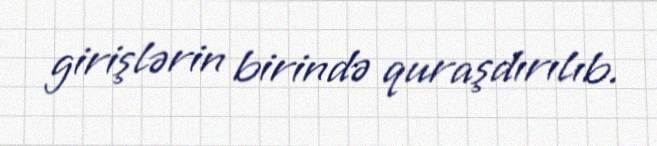
girişlərin birində quraşdırılıb.